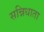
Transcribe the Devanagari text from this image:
सन्निधाता